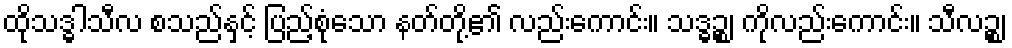
ထိုသဒ္ဓါသီလ စသည်နှင့် ပြည့်စုံသော နတ်တို့၏ လည်းကောင်း။ သဒ္ဓဉ္စ၊ ကိုလည်းကောင်း။ သီလဉ္စ၊